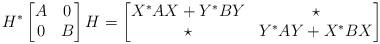
LaTeX: \begin{align*}H^*\begin{bmatrix}A & 0 \\ 0 & B\end{bmatrix}H=\begin{bmatrix} X^*AX+Y^*BY & \star \\ \star & Y^*AY+X^*BX\end{bmatrix}\end{align*}